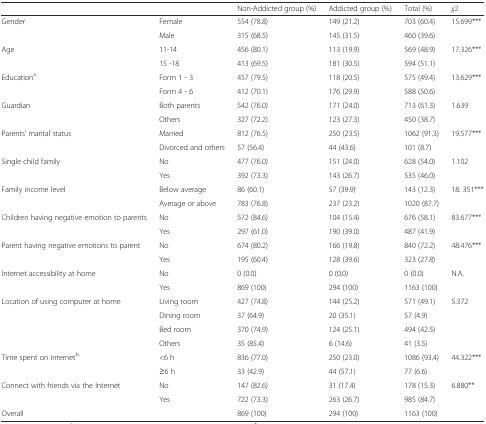
<table><thead><tr><td></td><td></td><td><b>Non-Addicted group (%)</b></td><td><b>Addicted group (%)</b></td><td><b>Total (%)</b></td><td><b><i>χ</i>2</b></td></tr></thead><tbody><tr><td rowspan="2">Gender</td><td>Female</td><td>554 (78.8)</td><td>149 (21.2)</td><td>703 (60.4)</td><td rowspan="2">15.699***</td></tr><tr><td>Male</td><td>315 (68.5)</td><td>145 (31.5)</td><td>460 (39.6)</td></tr><tr><td rowspan="2">Age</td><td>11-14</td><td>456 (80.1)</td><td>113 (19.9)</td><td>569 (48.9)</td><td rowspan="2">17.326***</td></tr><tr><td>15 -18</td><td>413 (69.5)</td><td>181 (30.5)</td><td>594 (51.1)</td></tr><tr><td rowspan="2">Education<sup>a</sup></td><td>Form 1 - 3</td><td>457 (79.5)</td><td>118 (20.5)</td><td>575 (49.4)</td><td rowspan="2">13.629***</td></tr><tr><td>Form 4 - 6</td><td>412 (70.1)</td><td>176 (29.9)</td><td>588 (50.6)</td></tr><tr><td rowspan="2">Guardian</td><td>Both parents</td><td>542 (76.0)</td><td>171 (24.0)</td><td>713 (61.3)</td><td rowspan="2">1.639</td></tr><tr><td>Others</td><td>327 (72.2)</td><td>123 (27.3)</td><td>450 (38.7)</td></tr><tr><td rowspan="2">Parents’ marital status</td><td>Married</td><td>812 (76.5)</td><td>250 (23.5)</td><td>1062 (91.3)</td><td rowspan="2">19.577***</td></tr><tr><td>Divorced and others</td><td>57 (56.4)</td><td>44 (43.6)</td><td>101 (8.7)</td></tr><tr><td rowspan="2">Single child family</td><td>No</td><td>477 (76.0)</td><td>151 (24.0)</td><td>628 (54.0)</td><td rowspan="2">1.102</td></tr><tr><td>Yes</td><td>392 (73.3)</td><td>143 (26.7)</td><td>535 (46.0)</td></tr><tr><td rowspan="2">Family income level</td><td>Below average</td><td>86 (60.1)</td><td>57 (39.9)</td><td>143 (12.3)</td><td rowspan="2">18. 351***</td></tr><tr><td>Average or above</td><td>783 (76.8)</td><td>237 (23.2)</td><td>1020 (87.7)</td></tr><tr><td rowspan="2">Children having negative emotion to parents</td><td>No</td><td>572 (84.6)</td><td>104 (15.4)</td><td>676 (58.1)</td><td rowspan="2">83.677***</td></tr><tr><td>Yes</td><td>297 (61.0)</td><td>190 (39.0)</td><td>487 (41.9)</td></tr><tr><td rowspan="2">Parent having negative emotions to parent</td><td>No</td><td>674 (80.2)</td><td>166 (19.8)</td><td>840 (72.2)</td><td rowspan="2">48.476***</td></tr><tr><td>Yes</td><td>195 (60.4)</td><td>128 (39.6)</td><td>323 (27.8)</td></tr><tr><td rowspan="2">Internet accessibility at home</td><td>No</td><td>0 (0.0)</td><td>0 (0.0)</td><td>0 (0.0)</td><td rowspan="2">N.A.</td></tr><tr><td>Yes</td><td>869 (100)</td><td>294 (100)</td><td>1163 (100)</td></tr><tr><td rowspan="4">Location of using computer at home</td><td>Living room</td><td>427 (74.8)</td><td>144 (25.2)</td><td>571 (49.1)</td><td rowspan="4">5.372</td></tr><tr><td>Dining room</td><td>37 (64.9)</td><td>20 (35.1)</td><td>57 (4.9)</td></tr><tr><td>Bed room</td><td>370 (74.9)</td><td>124 (25.1)</td><td>494 (42.5)</td></tr><tr><td>Others</td><td>35 (85.4)</td><td>6 (14.6)</td><td>41 (3.5)</td></tr><tr><td rowspan="2">Time spent on internet<sup>b</sup></td><td>&lt;6 h</td><td>836 (77.0)</td><td>250 (23.0)</td><td>1086 (93.4)</td><td rowspan="2">44.322***</td></tr><tr><td>≥6 h</td><td>33 (42.9)</td><td>44 (57.1)</td><td>77 (6.6)</td></tr><tr><td rowspan="2">Connect with friends via the Internet</td><td>No</td><td>147 (82.6)</td><td>31 (17.4)</td><td>178 (15.3)</td><td rowspan="2">6.880**</td></tr><tr><td>Yes</td><td>722 (73.3)</td><td>263 (26.7)</td><td>985 (84.7)</td></tr><tr><td>Overall</td><td></td><td>869 (100)</td><td>294 (100)</td><td>1163 (100)</td><td></td></tr></tbody></table>